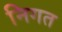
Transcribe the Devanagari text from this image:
निगत